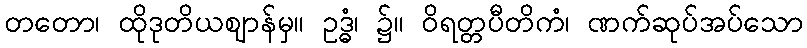
တတော၊ ထိုဒုတိယဈာန်မှ။ ဥဒ္ဓံ၊ ၌။ ဝိရတ္တပီတိကံ၊ ဏက်ဆုပ်အပ်သော